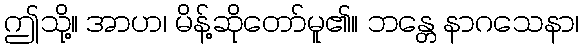
ဤသို့။ အာဟ၊ မိန့်ဆိုတော်မူ၏။ ဘန္တေ နာဂသေနာ၊